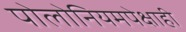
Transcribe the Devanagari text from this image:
पोलोनियमपेक्षाही